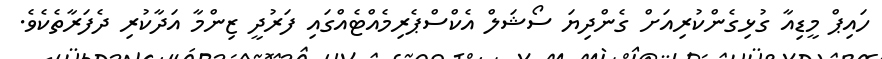
ހައިޕް މީޑިއާ ގުޅިގެންކުރިއަށް ގެންދިޔަ ސޯޝަލް އެކްސްޕެރިމެއްޓެއްގައި ފަރުދީ ޒިންމާ އަދާކުރި ދެފަރާތެކެވެ.